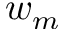
w _ { m }